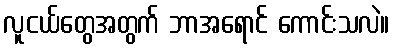
လူငယ်တွေအတွက် ဘာအရောင် ကောင်းသလဲ။